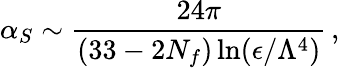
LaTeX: \alpha_{S}\sim{\frac{24\pi}{(33-2N_{f})\ln(\epsilon/\Lambda^{4})}}\, ,